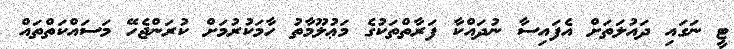
ޓީ ނަގައި ދައުލަތަށް އެފައިސާ ނުދައްކާ ފަރާތްތަކުގެ މަޢުލޫމާތު ހާމަކުރުމަށް ކުރަންޖެހޭ މަސައްކަތްތައް